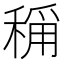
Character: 𬓴